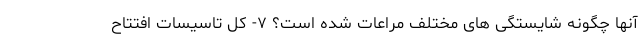
آنها چگونه شایستگی های مختلف مراعات شده است؟ ۷- کل تاسیسات افتتاح